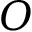
O